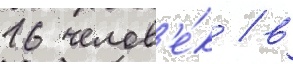
16 челов'е́к / в